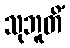
သုဘူတိံ